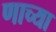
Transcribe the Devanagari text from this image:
णाच्या